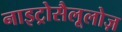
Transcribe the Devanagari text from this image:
नाइट्रोसैलूलोज़